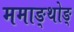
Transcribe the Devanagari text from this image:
ममाङ्थोङ्